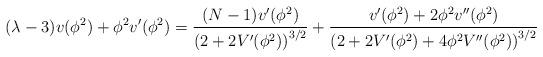
LaTeX: \begin{align*}(\lambda -3 ) v(\phi^2) +\phi^2 v'(\phi^2) =\frac{(N-1) v'(\phi^2)}{\left(2+2V'(\phi^2)\right)^{3/2}}+ \frac{v'(\phi^2) + 2\phi^2 v''(\phi^2)}{ \left(2+ 2V'(\phi^2) + 4 \phi^2 V''(\phi^2)\right)^{3/2}}\end{align*}